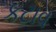
કટાવ